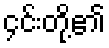
၄င်းတို့၏